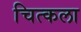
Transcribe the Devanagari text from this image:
चित्कला